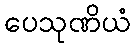
ပေသုဏိယံ